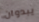
يبدوان